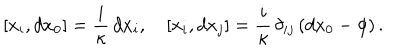
[ x _ { i } , d x _ { 0 } ] = \frac i \kappa \, d x _ { i } , \quad [ x _ { i } , d x _ { j } ] = \frac i \kappa \, \delta _ { i j } \left( d x _ { 0 } - \phi \right) .